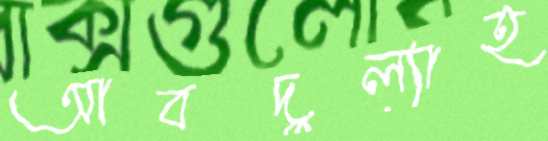
আবদুল্যাহ